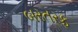
બરતરફ